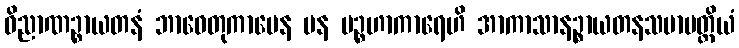
ဝိညာဏဉ္စာယတနံ ဘာဝေတုကာမေန ပန ပဉ္စဟာကာရေဟိ အာကာသာနဉ္စာယတနသမာပတ္တိယံ